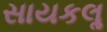
સાયકલૢ